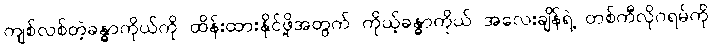
ကျစ်လစ်တဲ့ခန္ဓာကိုယ်ကို ထိန်းထားနိုင်ဖို့အတွက် ကိုယ့်ခန္ဓာကိုယ် အလေးချိန်ရဲ့ တစ်ကီလိုဂရမ်ကို